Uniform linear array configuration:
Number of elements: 64
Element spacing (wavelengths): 0.5
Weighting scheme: binomial
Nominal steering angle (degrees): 15
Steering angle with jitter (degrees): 13.067
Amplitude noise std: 0.05
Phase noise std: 0.05

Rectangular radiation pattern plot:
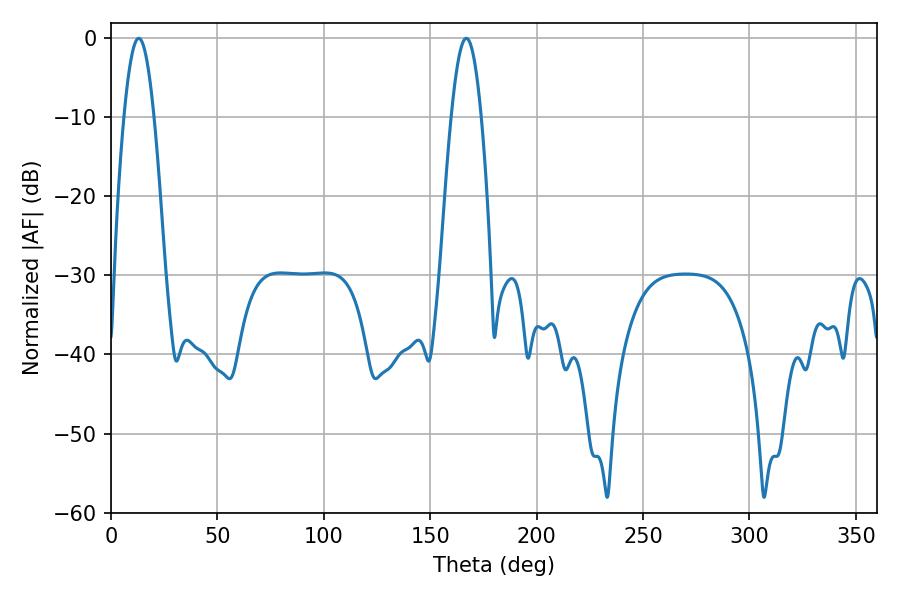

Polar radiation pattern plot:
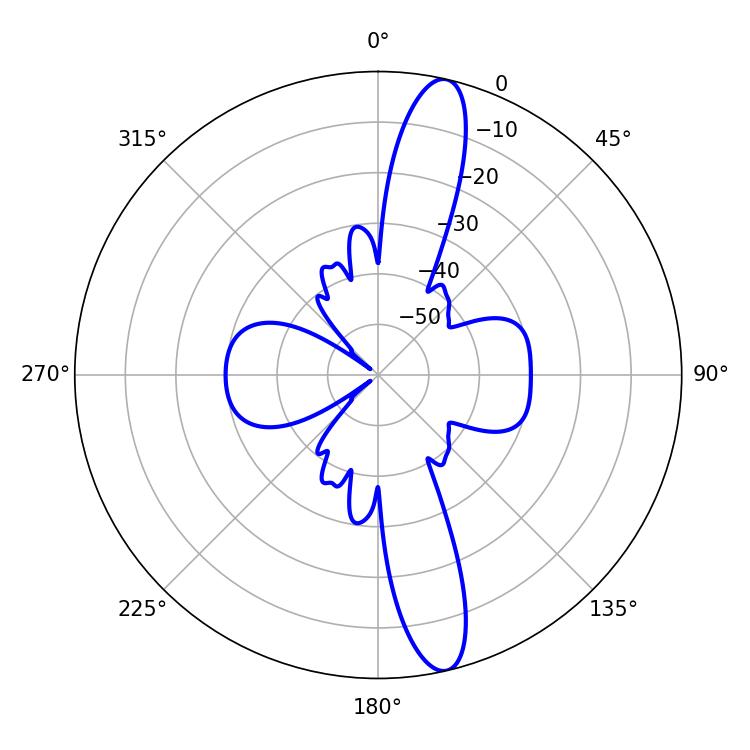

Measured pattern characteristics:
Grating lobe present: FALSE
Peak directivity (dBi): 14.836
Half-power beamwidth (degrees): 7.74
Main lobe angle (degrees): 12.96